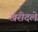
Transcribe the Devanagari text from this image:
खरीदले